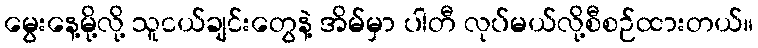
မွေးနေ့မို့လို့ သူငယ်ချင်းတွေနဲ့ အိမ်မှာ ပါတီ လုပ်မယ်လို့စီစဉ်ထားတယ်။